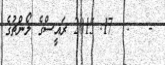
-   :  17